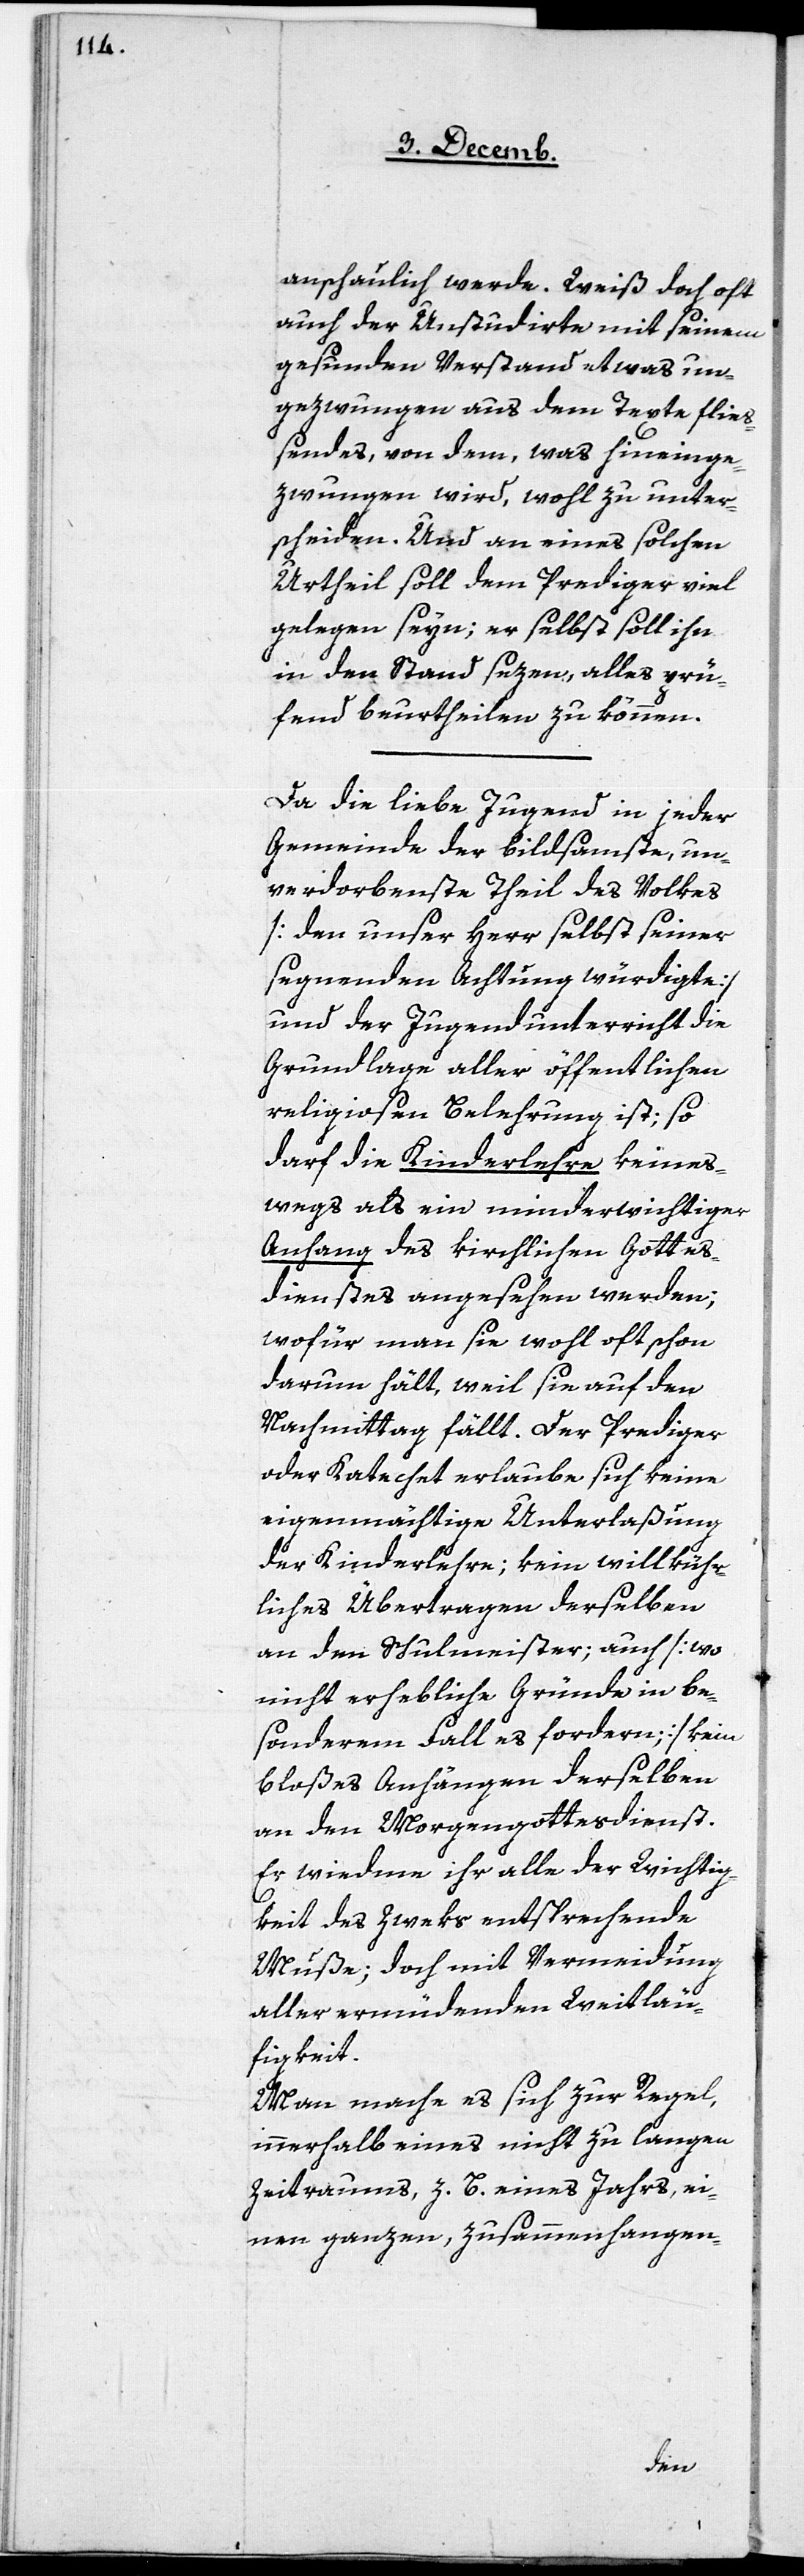
anschaulich werde. Weiß doch oft
auch der Unstudirte mit seinem
gesunden Verstand etwas un¬
gezwungen aus dem Texte fließ¬
endes, von dem, was hineinge¬
zwungen wird, wohl zu unter¬
scheiden. Und an eines solchen
Urtheil soll dem Prediger viel
gelegen seyn; er selbst soll ihn
in den Stand sezen, alles prü¬
fend beurtheilen zu können.
Da die liebe Jugend in jeder
Gemeinde der bildsamste, un¬
verdorbenste Theil des Volkes
[den unser Herr selbst seiner
segnenden Achtung würdigte]
und der Jugendunterricht die
Grundlage aller öffentlichen
religiösen Belehrung ist; so
darf die Kinderlehre keines¬
wegs als ein minderwichtiger
Anhang des kirchlichen Gottes¬
dienstes angesehen werden;
wofür man sie wohl oft schon
darum hält, weil sie auf den
Nachmittag fällt. Der Prediger
oder Katechet erlaube sich keine
eigenmächtige Unterlaßung
der Kinderlehre; kein willkühr¬
liches Übertragen derselben
an den Schulmeister; auch [wo
nicht erhebliche Gründe in be¬
sonderem Fall es fordern] kein
bloßes Anhängen derselben
an den Morgengottesdienst.
Er wiedme ihr alle der Wichtig¬
keit des Zweks entsprechende
Muße; doch mit Vermeidung
aller ermüdenden Weitläu¬
figkeit.
Man mache es sich zur Regel,
innerhalb eines nicht zu langen
Zeitraums, z. B. eines Jahrs, ei¬
nen ganzen, zusammenhangen-